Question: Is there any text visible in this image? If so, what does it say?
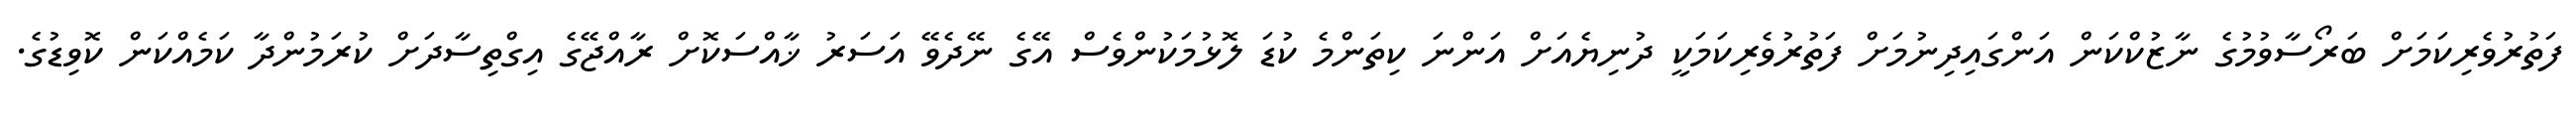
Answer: ފަތުރުވެރިކަމަށް ބަރޯސާވުމުގެ ނާޒުކްކަން އަންގައިދިނުމަށް ފަތުރުވެރިކަމަކީ ދުނިޔެއަށް އަންނަ ކިތަންމެ ކުޑަ ލޮޅުމަކުންވެސް އޭގެ ނޭދެވޭ އަސަރު ޚާއްސަކޮށް ރާއްޖޭގެ އިގްތިސާދަށް ކުރަމުންދާ ކަމެއްކަން ކޮވިޑުގެ.